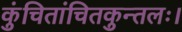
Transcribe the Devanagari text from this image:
कुंचितांचितकुन्तलः।